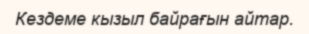
Кездеме кызыл байрағын айтар.